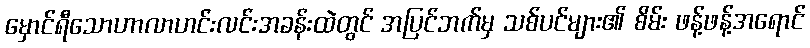
မှောင်ရီသောဟာလာဟင်းလင်းအခန်းထဲတွင် အပြင်ဘက်မှ သစ်ပင်များ၏ စိမ်း ဖန့်ဖန့်အရောင်